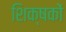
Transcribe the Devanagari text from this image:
शिक्षकों